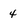
Character: 4